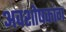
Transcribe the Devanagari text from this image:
अवशोषकांग